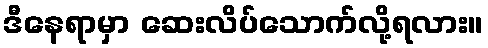
ဒီနေရာမှာ ဆေးလိပ်သောက်လို့ရလား။